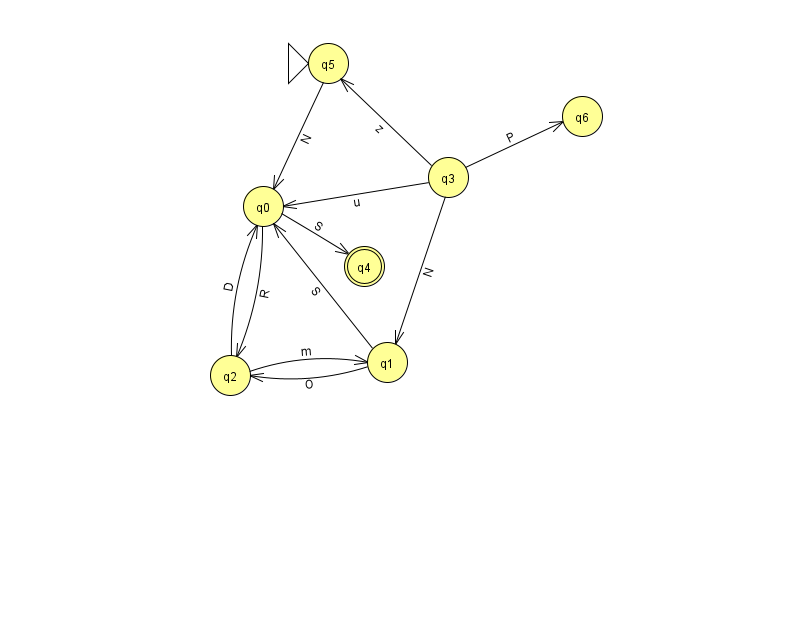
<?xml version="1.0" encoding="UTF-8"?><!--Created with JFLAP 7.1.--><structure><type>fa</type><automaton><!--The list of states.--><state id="0" name="q0"><x>263.0</x><y>193.0</y></state><state id="1" name="q1"><x>387.0</x><y>349.0</y></state><state id="2" name="q2"><x>230.0</x><y>362.0</y></state><state id="3" name="q3"><x>448.0</x><y>164.0</y></state><state id="4" name="q4"><x>364.0</x><y>253.0</y><final/></state><state id="5" name="q5"><x>328.0</x><y>50.0</y><initial/></state><state id="6" name="q6"><x>582.0</x><y>103.0</y></state><!--The list of transitions.--><transition><from>0</from><to>2</to><read>R</read></transition><transition><from>3</from><to>1</to><read>N</read></transition><transition><from>5</from><to>0</to><read>N</read></transition><transition><from>0</from><to>4</to><read>S</read></transition><transition><from>1</from><to>0</to><read>S</read></transition><transition><from>2</from><to>0</to><read>D</read></transition><transition><from>1</from><to>2</to><read>O</read></transition><transition><from>2</from><to>1</to><read>m</read></transition><transition><from>3</from><to>0</to><read>u</read></transition><transition><from>3</from><to>5</to><read>z</read></transition><transition><from>3</from><to>6</to><read>P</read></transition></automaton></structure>